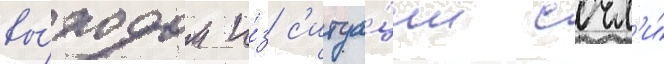
вы́ходом и́з с'итуа́ции сочл'и́